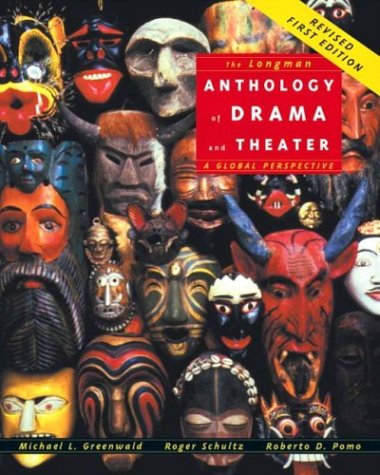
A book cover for The Longman Anthology of Drama and Theater: A Global Perspective; Mike Greenwald; Literature & Fiction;